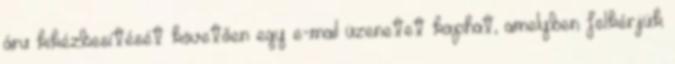
áru kikézbesítését követően egy e-mail üzenetet kaphat, amelyben felkérjük